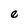
Character: e